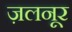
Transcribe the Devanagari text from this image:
ज़लनूर